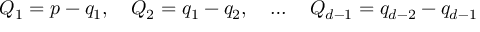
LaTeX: Q _ { 1 } = p - q _ { 1 } , \quad Q _ { 2 } = q _ { 1 } - q _ { 2 } , \quad \ldots \quad Q _ { d - 1 } = q _ { d - 2 } - q _ { d - 1 }